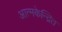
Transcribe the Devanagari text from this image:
आत्मकेन्द्रित